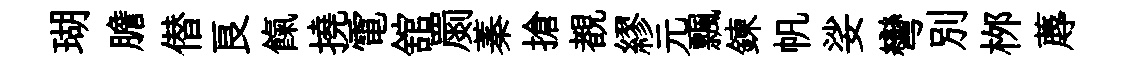
瑚膽僣良餼撓電舘罽蓁搶覩繆元飄鍊帆娑彎別桞蓐